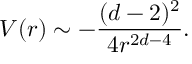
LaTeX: V ( r ) \sim - \frac { ( d - 2 ) ^ { 2 } } { 4 r ^ { 2 d - 4 } } .